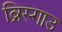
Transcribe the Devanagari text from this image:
ब्रिस्गाउ